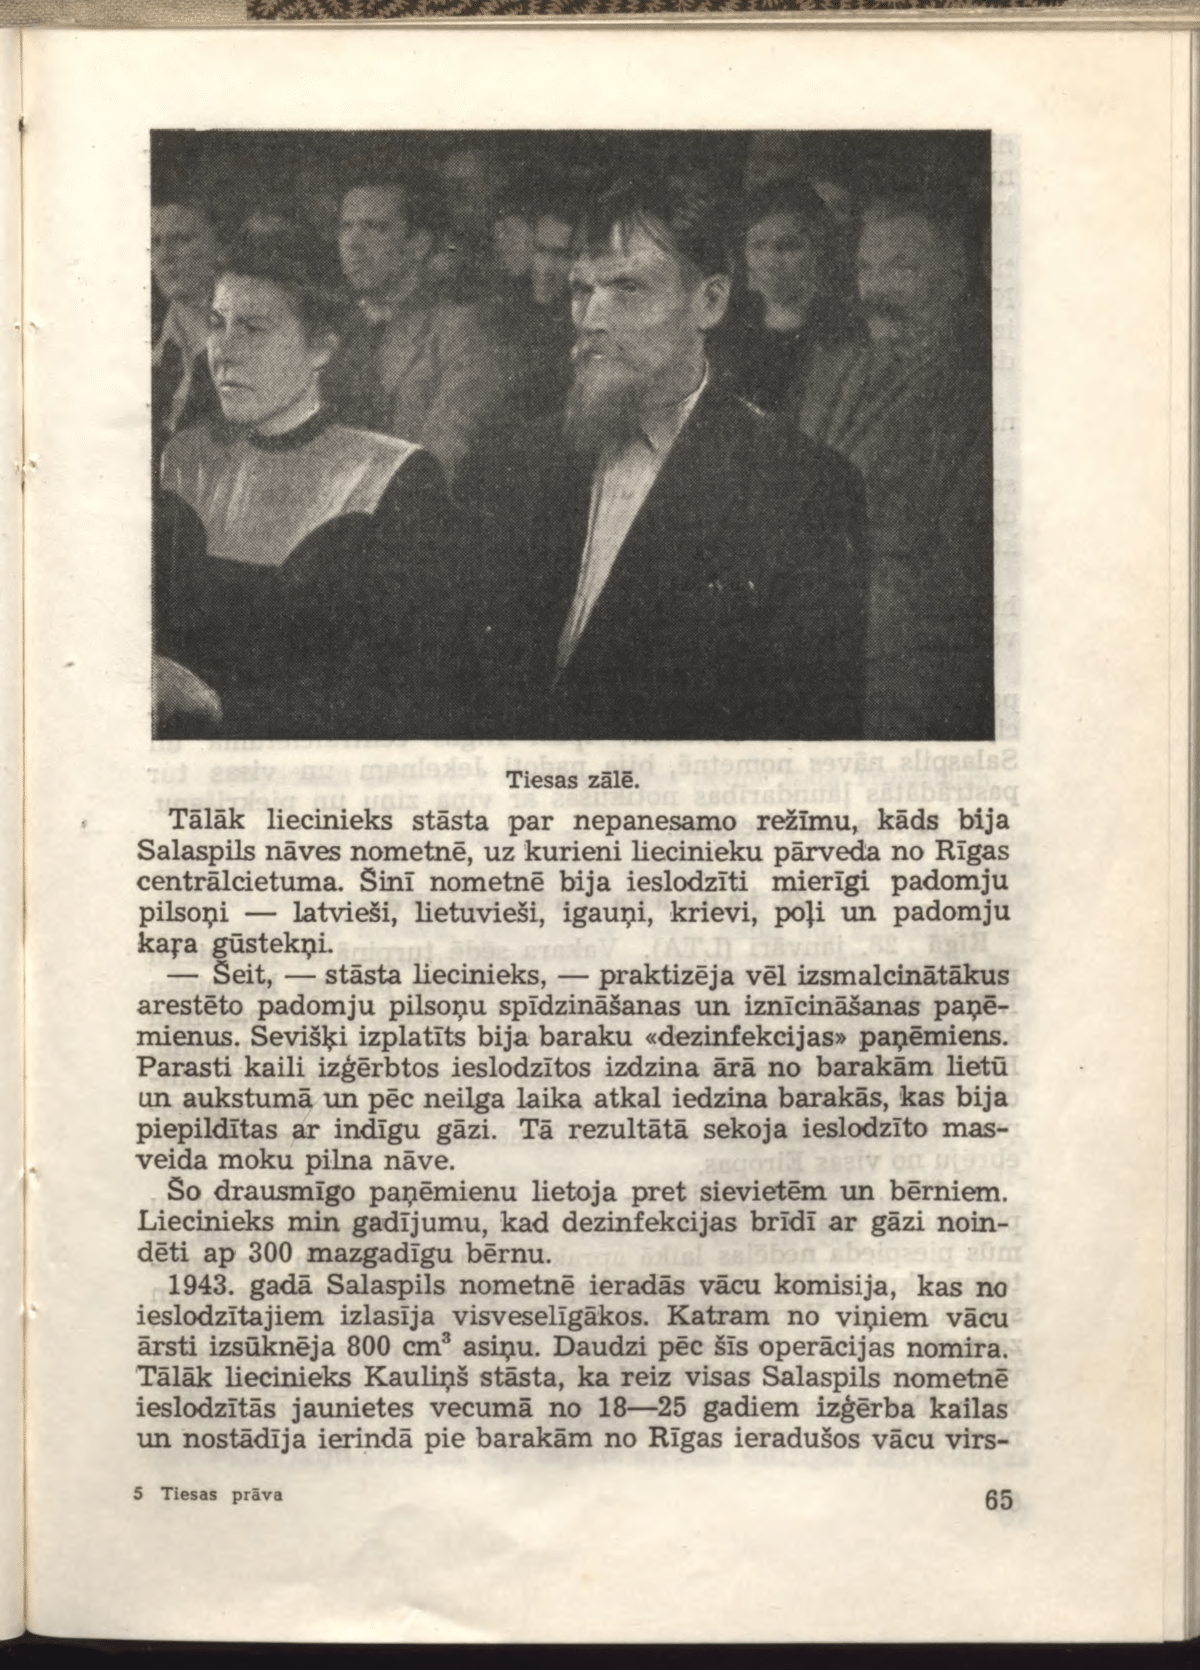
Language: lv